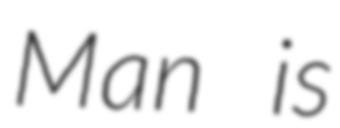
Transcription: Man is